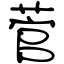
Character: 菅